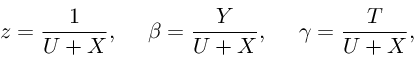
z = \frac { 1 } { U + X } , \ \ \ \ \beta = \frac { Y } { U + X } , \ \ \ \ \gamma = \frac { T } { U + X } ,